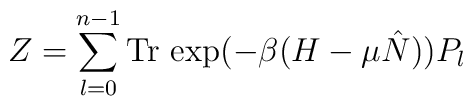
Z=\sum^{n-1}_{l=0}\mbox{Tr\thinspace } \exp (-\beta(H-\mu\hat N)) P_{l}